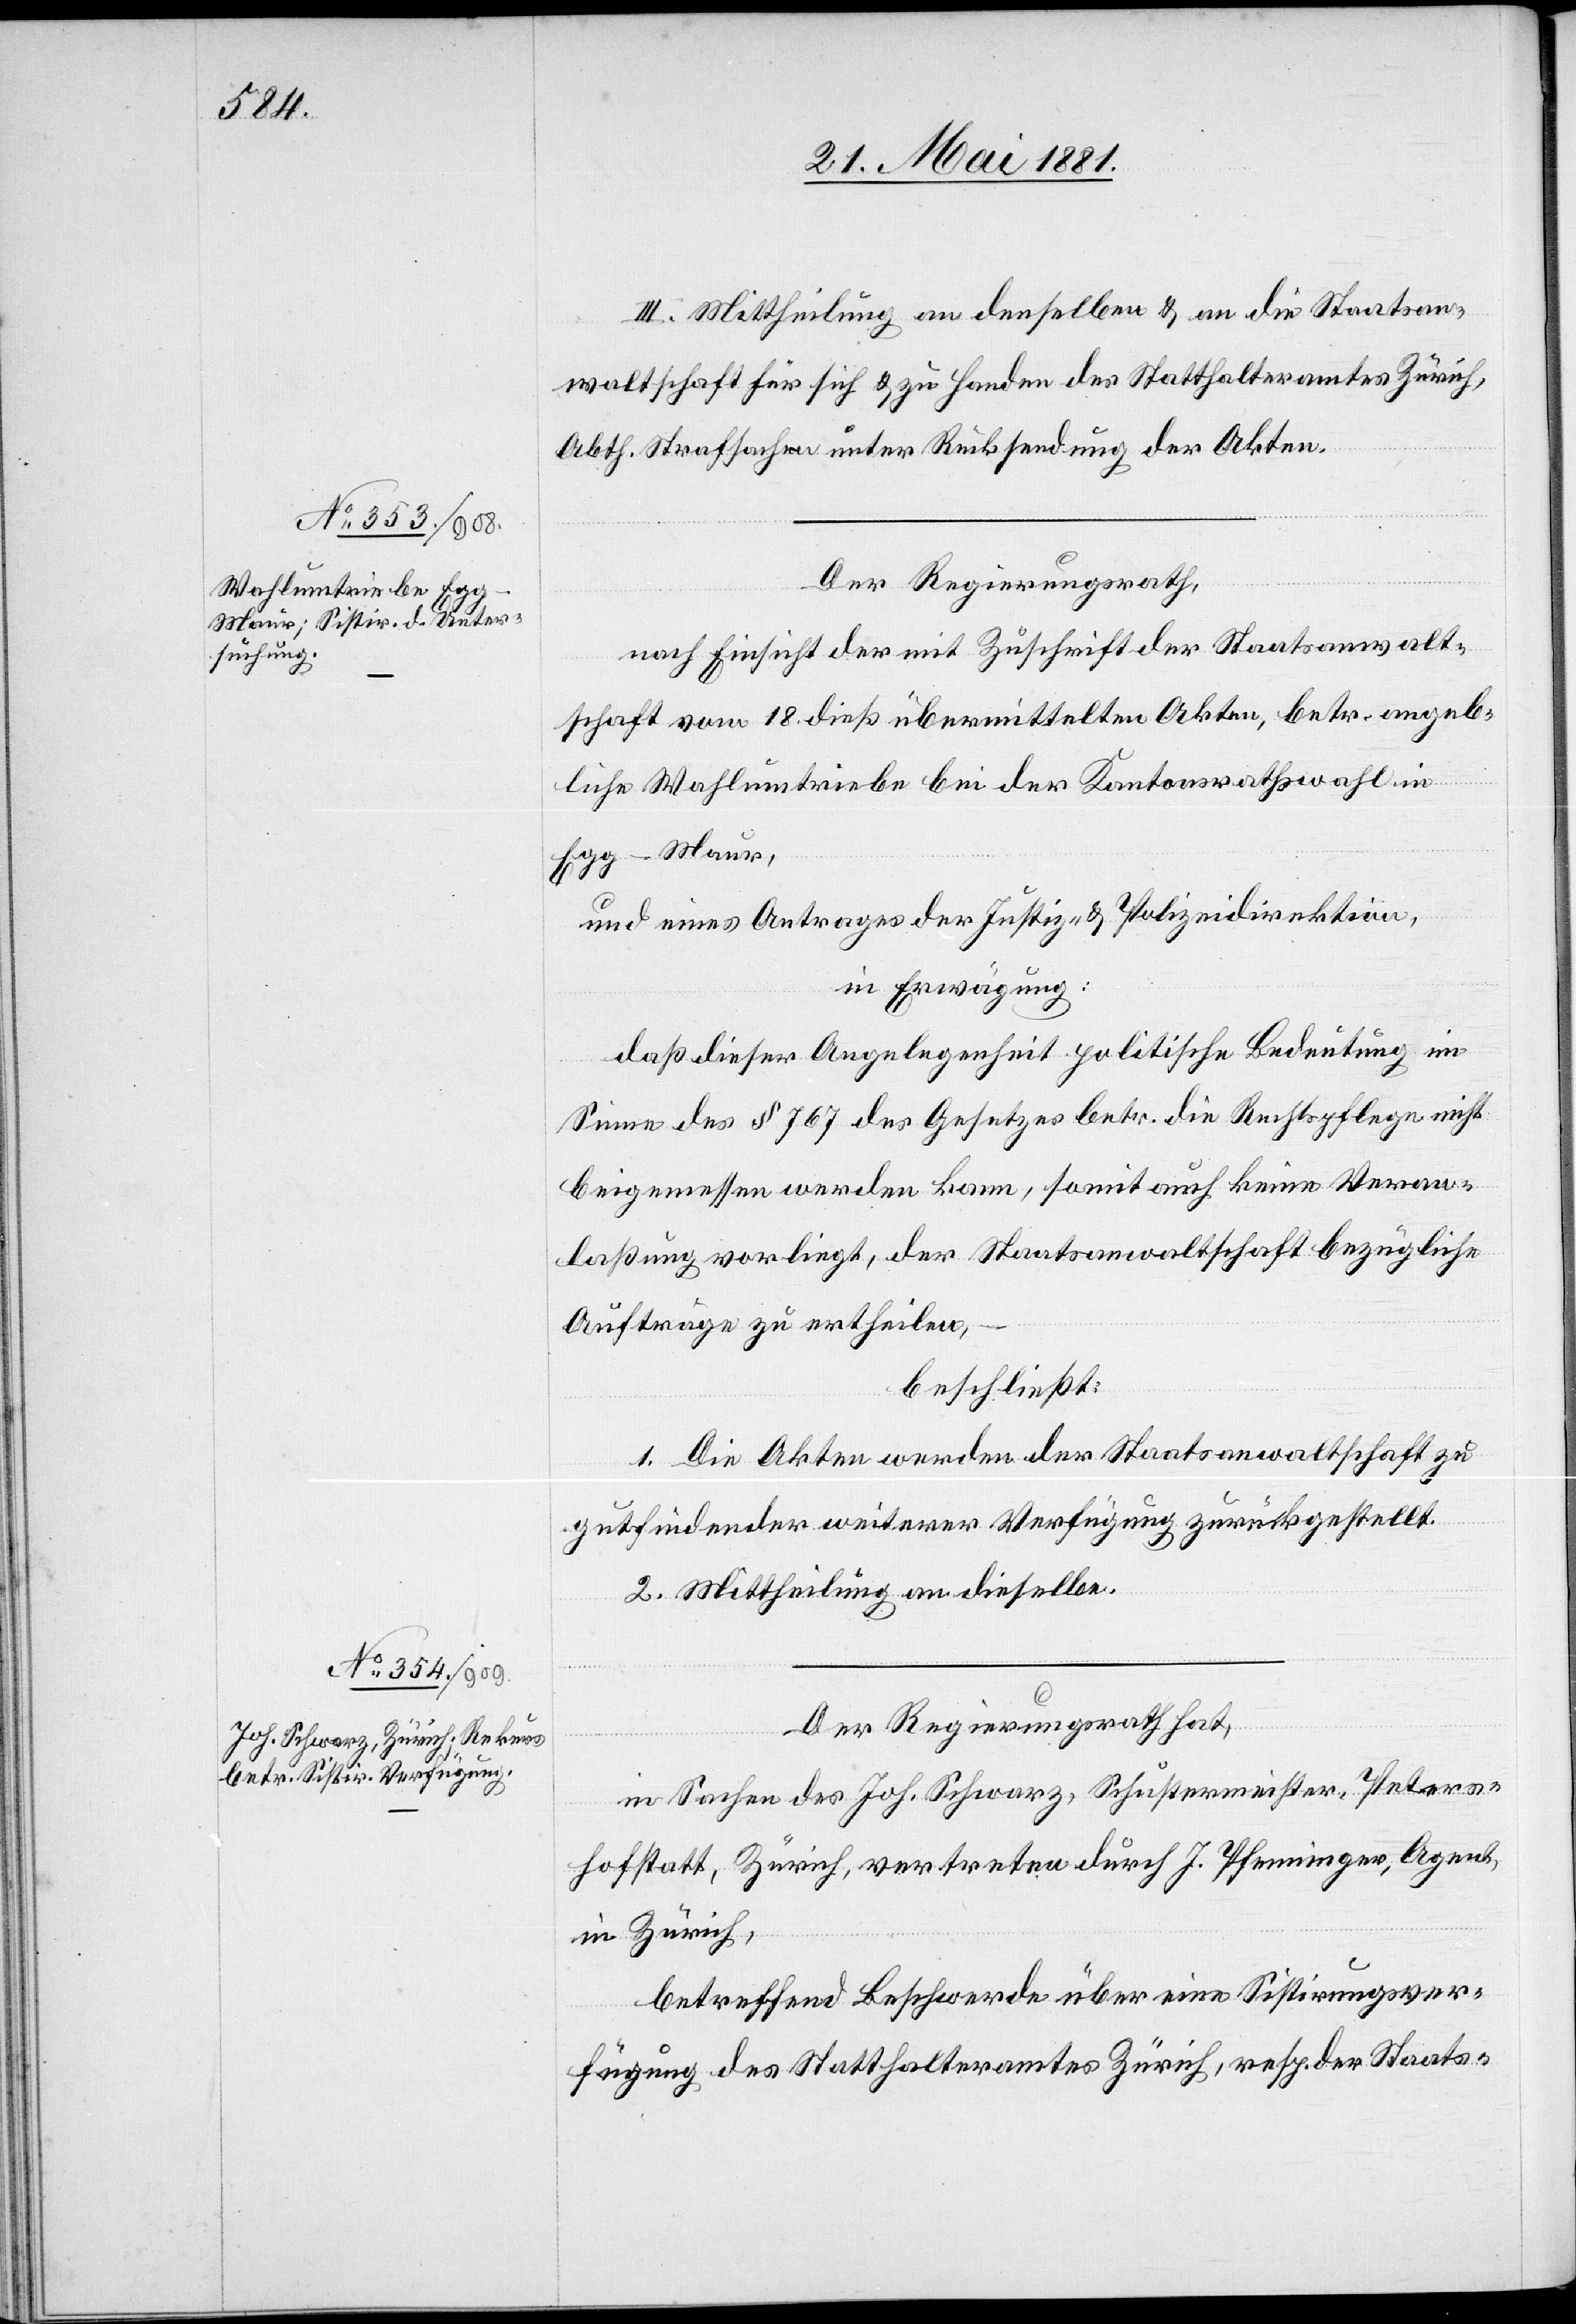
III. Mittheilung an denselben & an die Staatsan¬
waltschaft für sich & zu Handen des Statthalteramtes Zürich,
Abth. Strafsachen unter Rücksendung der Akten.
Der Regierungsrath,
nach Einsicht der mit Zuschrift der Staatsanwalt¬
schaft vom 18. dieß übermittelten Akten, betr. angeb¬
liche Wahlumtriebe bei der Kantonsrathswahl in
Egg - Maur,
und eines Antrages der Justiz- & Polizeidirektion,
in Erwägung:
daß dieser Angelegenheit politische Bedeutung im
Sinne des § 767 des Gesetzes betr. die Rechtspflege nicht
beigemessen werden kann, somit auch keine Veran¬
lassung vorliegt, der Staatsanwaltschaft bezügliche
Aufträge zu ertheilen,
beschließt:
1. Die Akten werden der Staatsanwaltschaft zu
gutfindender weiterer Verfügung zurückgestellt.
2. Mittheilung an dieselben.
Der Regierungsrath hat,
in Sachen des Joh. Schwarz, Schustermeister, Peters¬
hofstatt, Zürich, vertreten durch J. Pfenninger, Agent,
in Zürich,
betreffend Beschwerde über eine Sistirungsver¬
fügung des Statthalteramtes Zürich, resp. der Staats-